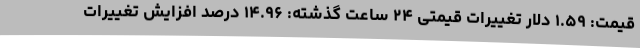
قیمت: ۱.۵۹ دلار تغییرات قیمتی ۲۴ ساعت گذشته: ۱۴.۹۶ درصد افزایش تغییرات